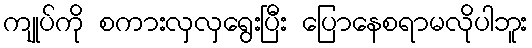
ကျုပ်ကို စကားလှလှရွေးပြီး ပြောနေစရာမလိုပါဘူး